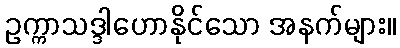
ဥက္ကာသဒ္ဒါဟောနိုင်သော အနက်များ။